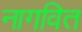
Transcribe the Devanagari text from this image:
नागवित